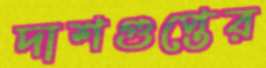
দাশগুপ্তের